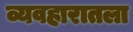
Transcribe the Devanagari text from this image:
व्यवहारातला